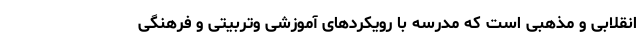
انقلابی و مذهبی است که مدرسه با رویکردهای آموزشی وتربیتی و فرهنگی